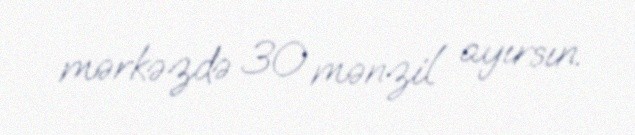
mərkəzdə 30 mənzil ayırsın.